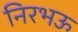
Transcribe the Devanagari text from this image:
निरभऊ